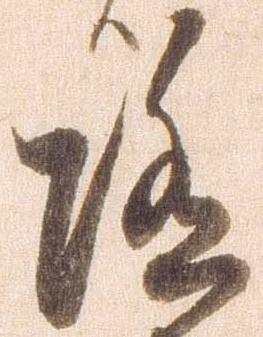
随